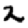
Digit: 2